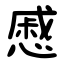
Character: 慼